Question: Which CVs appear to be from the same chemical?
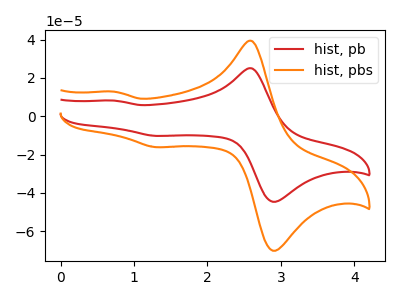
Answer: <think>The red curve "hist, pb" has anodic peaks at (2.60V, 25.00uA) (0.75V, 8.15uA) and cathodic peaks at (2.95V, -44.20uA) (1.30V, -10.25uA). The orange curve "hist, pbs" has anodic peaks at (2.60V, 39.30uA) (0.75V, 12.80uA) and cathodic peaks at (2.95V, -69.50uA) (1.30V, -16.15uA).
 All the peaks in "hist, pb" have a peak in "hist, pbs" at the same potential. Every peak in "hist, pb" is lower than every peak in "hist, pbs".</think>
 <answer>"hist, pbs" and "hist, pb" have the same shape and are likely CV's of the same chemical.</answer>
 <eval>"hist, pbs" "hist, pb"</eval>